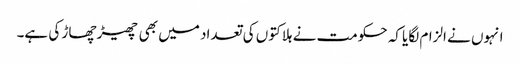
انہوں نے الزام لگایا کہ حکومت نے ہلاکتوں کی تعداد میں بھی چھیڑ چھاڑ کی ہے۔